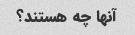
آنها چه هستند؟